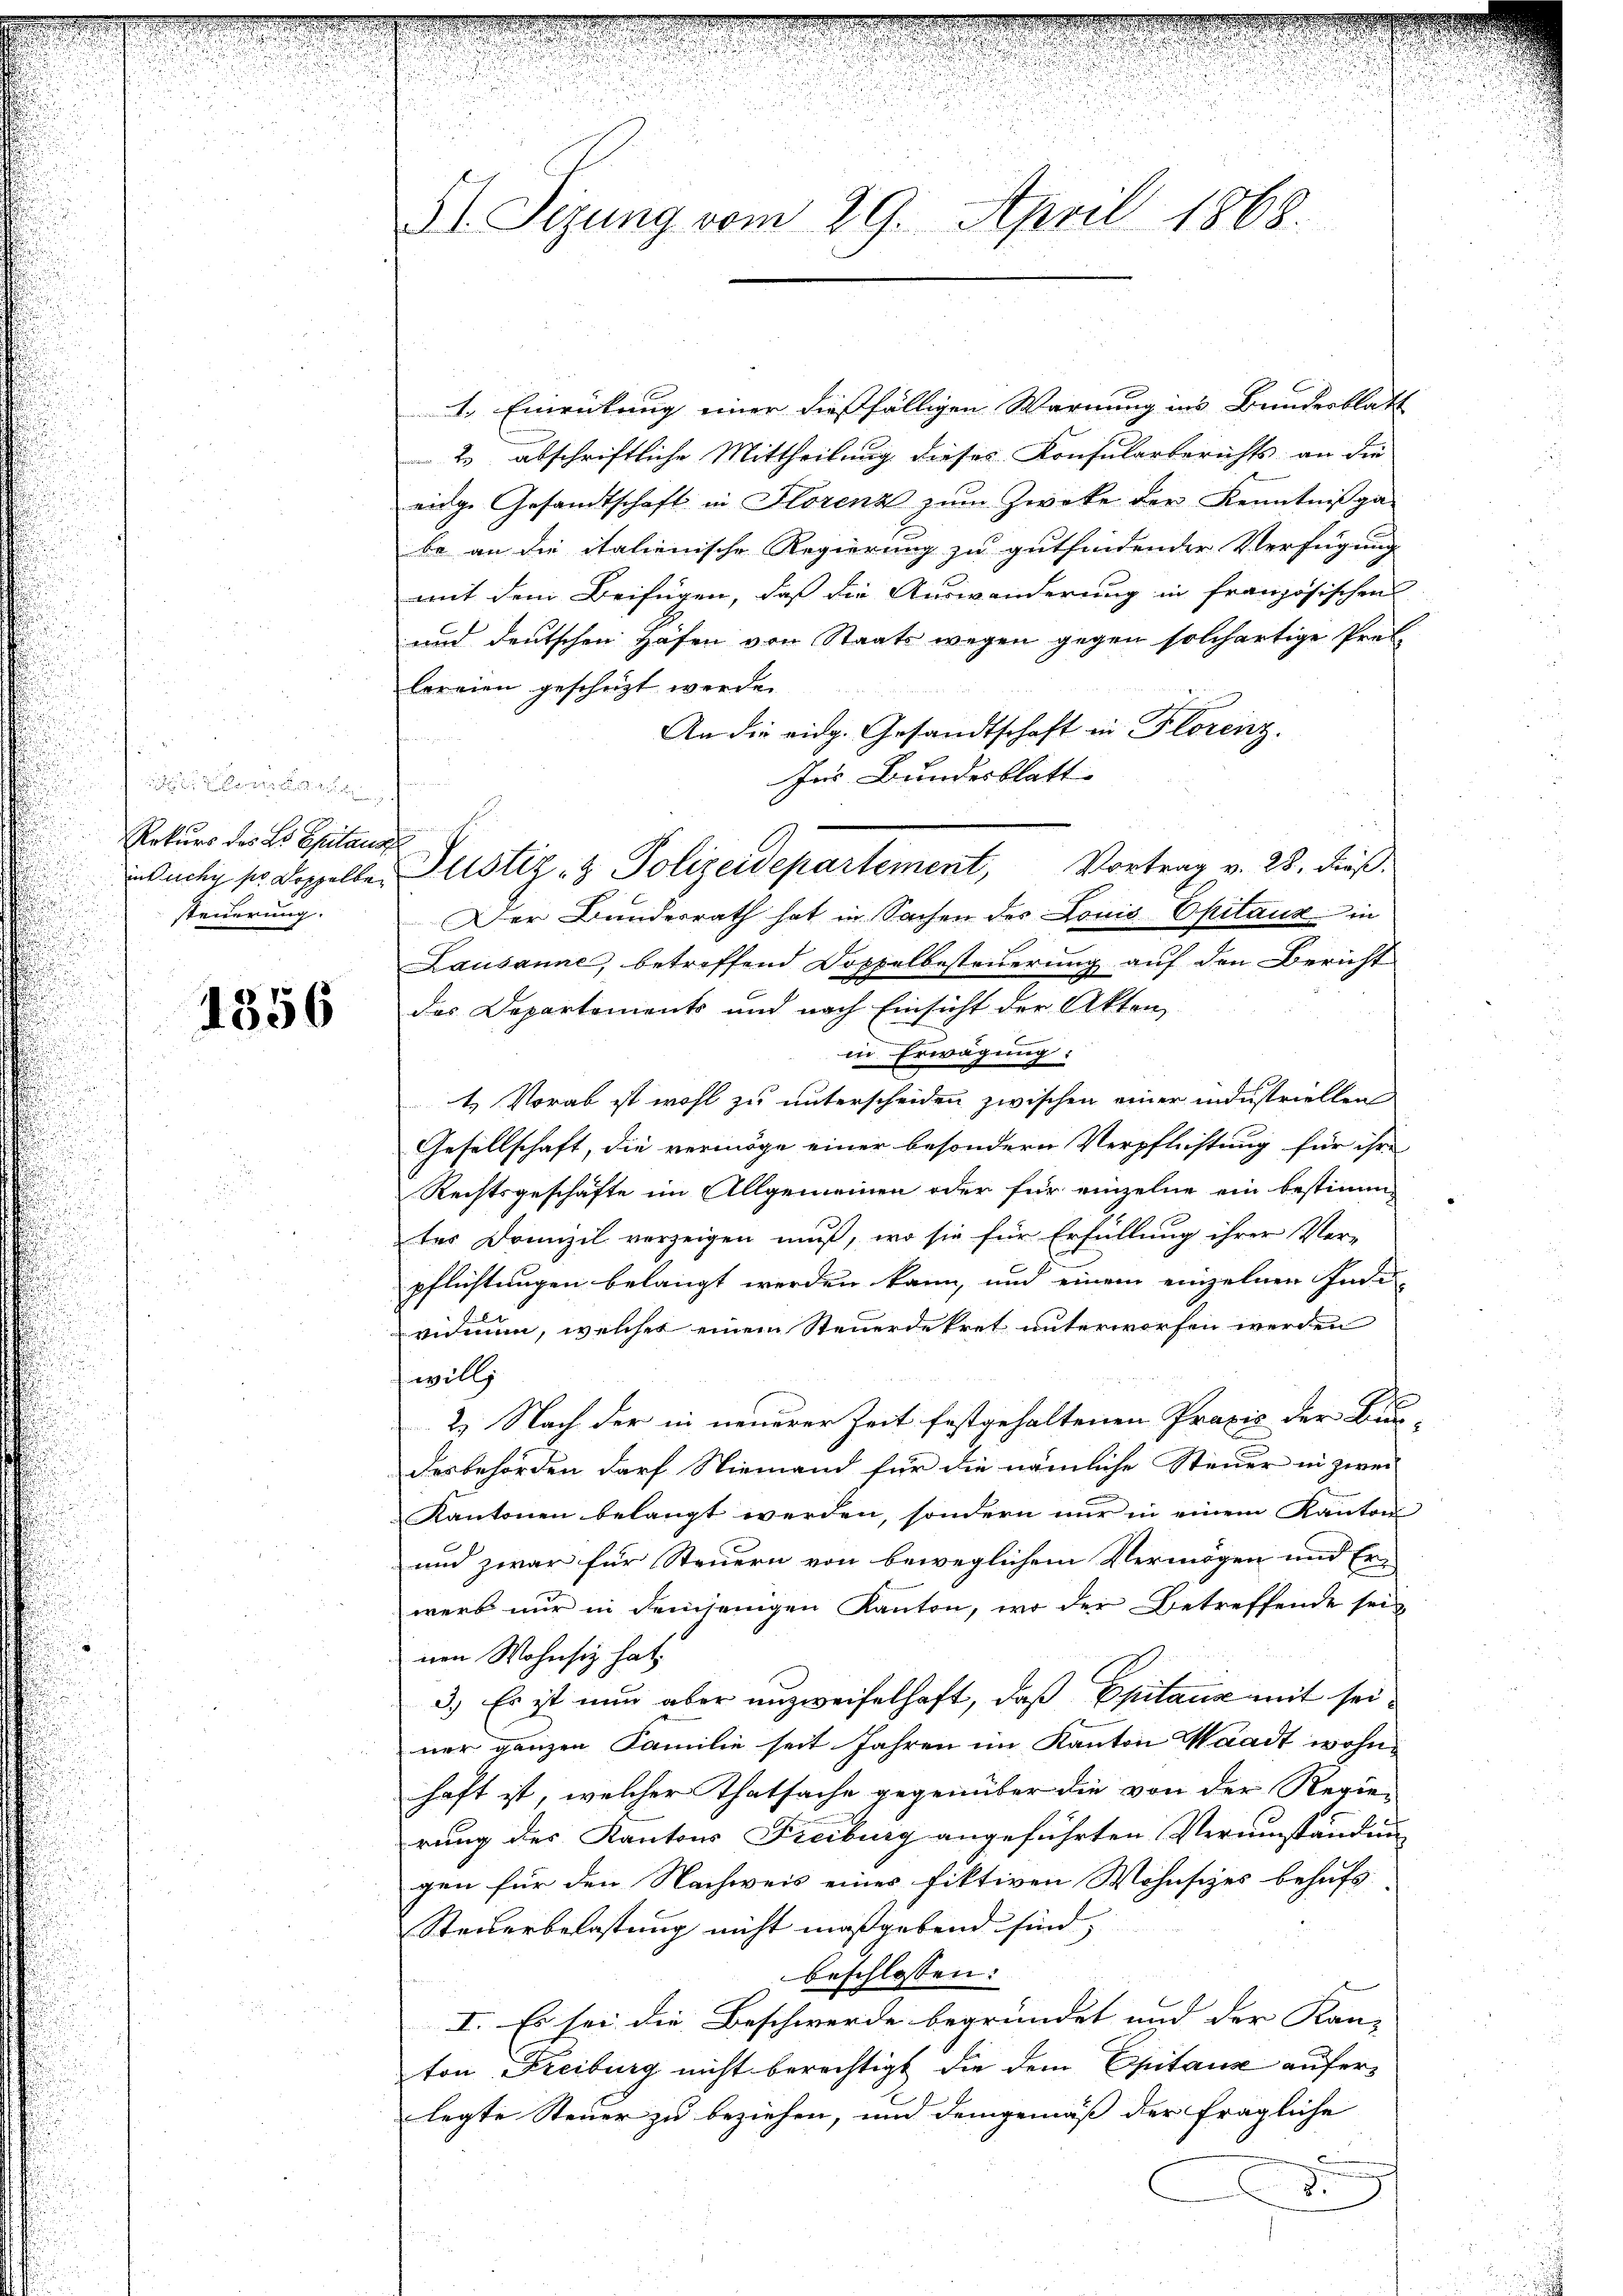
u

Rekurs des L. Spitaus
steuerung.

1356

.
51. Sizung vom 29. April 1868.

1. Einrückung einer dießfälligen Warnung ins Bundesblatt
2. abschriftliche Mittheilung dieses Konsularberichts an die
eige Gesandtschaft in Florenz zum Zwecke der Kenntnißga-
be an die italienische Regierung zu gutfindender Verfügung
mit dem Beifügen, daß die Auswanderung in französischen
und deutschen Hafen von Staats wegen gegen solchertige Preflereien geschüzt werde.
An die eidg. Gesandtschaft in Florenz.
Ins Bundesblatt.
Der Bundesrath hat in Sachen des Louis Epitaux in
Lausanne, betreffend Doppelbesteuerung auf den Bericht
des Departements und nach Einsicht der Akten
in Erwägung:
4 Vorab ist wohl zu unterscheiden zwischen einer industriellen
Gesellschaft, die vermöge einer besondern Verpflichtung für ihre
Rechtsgeschäfte im Allgemeinen oder für einzelne ein bestimm-
tes Domizil verzeigen muß, wo sie für Erfüllung ihrer Ver-
pflichtungen belangt werden kann, und einem einzelnen Indi
vidmen, welches einem Steuerdekret unterworfen werden
will
2) Nach der in neuerer Zeit festgehaltenen Praxis der Bun-
desbehörden darf Niemand für die nämliche Steuer in zwei
Kantonen belangt werden, sondern nur in einem Kanton
und zwar für Steuern von beweglichem Vermögen und Er-
werb nur in demjenigen Kanton, wo der Betreffende sei
nen Wohnsitz hat.
3.) Es ist nun aber unzweifelhaft, daß Epitaux mit seiner ganzen Familie seit Jahren im Kanton Waadt wohnhaft ist, welcher Thatsache gegenüber die von der Regie-
rung des Kantons Freiburg angeführten Verumständun
gen für den Nachweis eines fiktiven Wohnsizes behufs
Steuerbelastung nicht maßgebend sind.
beschlossen:
I. Es sei die Beschwerde begründet und der Kan-
ton Freiburg nicht berechtigt, die dem Epitause auferlegte Steuer zu beziehen, und demgemäß der fragliche
.

buch so doppeller Justiz- & Polizeidepartement, Vortrag v. 28. dieß.